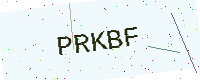
Text: PRKBF